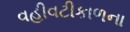
વહીવટીકાળના